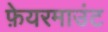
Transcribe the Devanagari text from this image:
फ़ेयरमाउंट